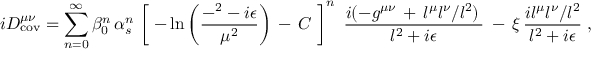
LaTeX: i D _ { \mathrm { c o v } } ^ { \mu \nu } = \sum _ { n = 0 } ^ { \infty } \beta _ { 0 } ^ { n } \, \alpha _ { s } ^ { n } \, \left[ \; - \ln \left( { \frac { - \l ^ { 2 } - i \epsilon } { \mu ^ { 2 } } } \right) \, - \, C \; \right] ^ { n } \, \, { \frac { i ( - g ^ { \mu \nu } \, + \, l ^ { \mu } l ^ { \nu } / l ^ { 2 } ) \, } { l ^ { 2 } + i \epsilon } } \; - \, \xi \, { \frac { i l ^ { \mu } l ^ { \nu } / l ^ { 2 } } { l ^ { 2 } + i \epsilon } } \; ,